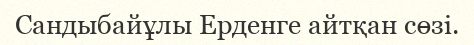
Сандыбайұлы Ерденге айтқан сөзі.